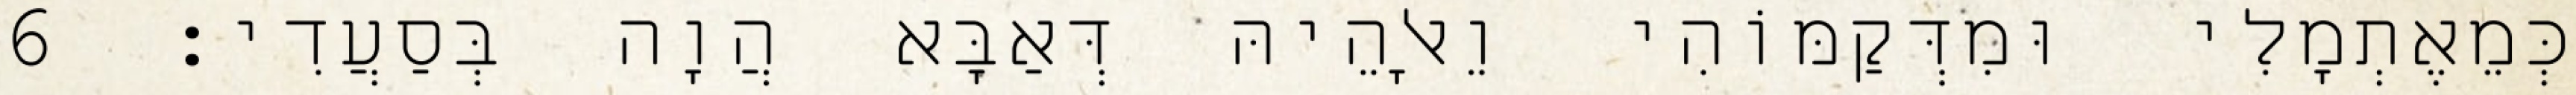
כְּמֵאֶתְמָלִי וּמִדְּקַמּוֹהִי וֵאלָהֵיהּ דְּאַבָּא הֲוָה בְּסַעֲדִי׃ 6